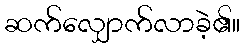
ဆက်လျှောက်လာခဲ့၏။